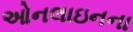
ઓનલાઇનના